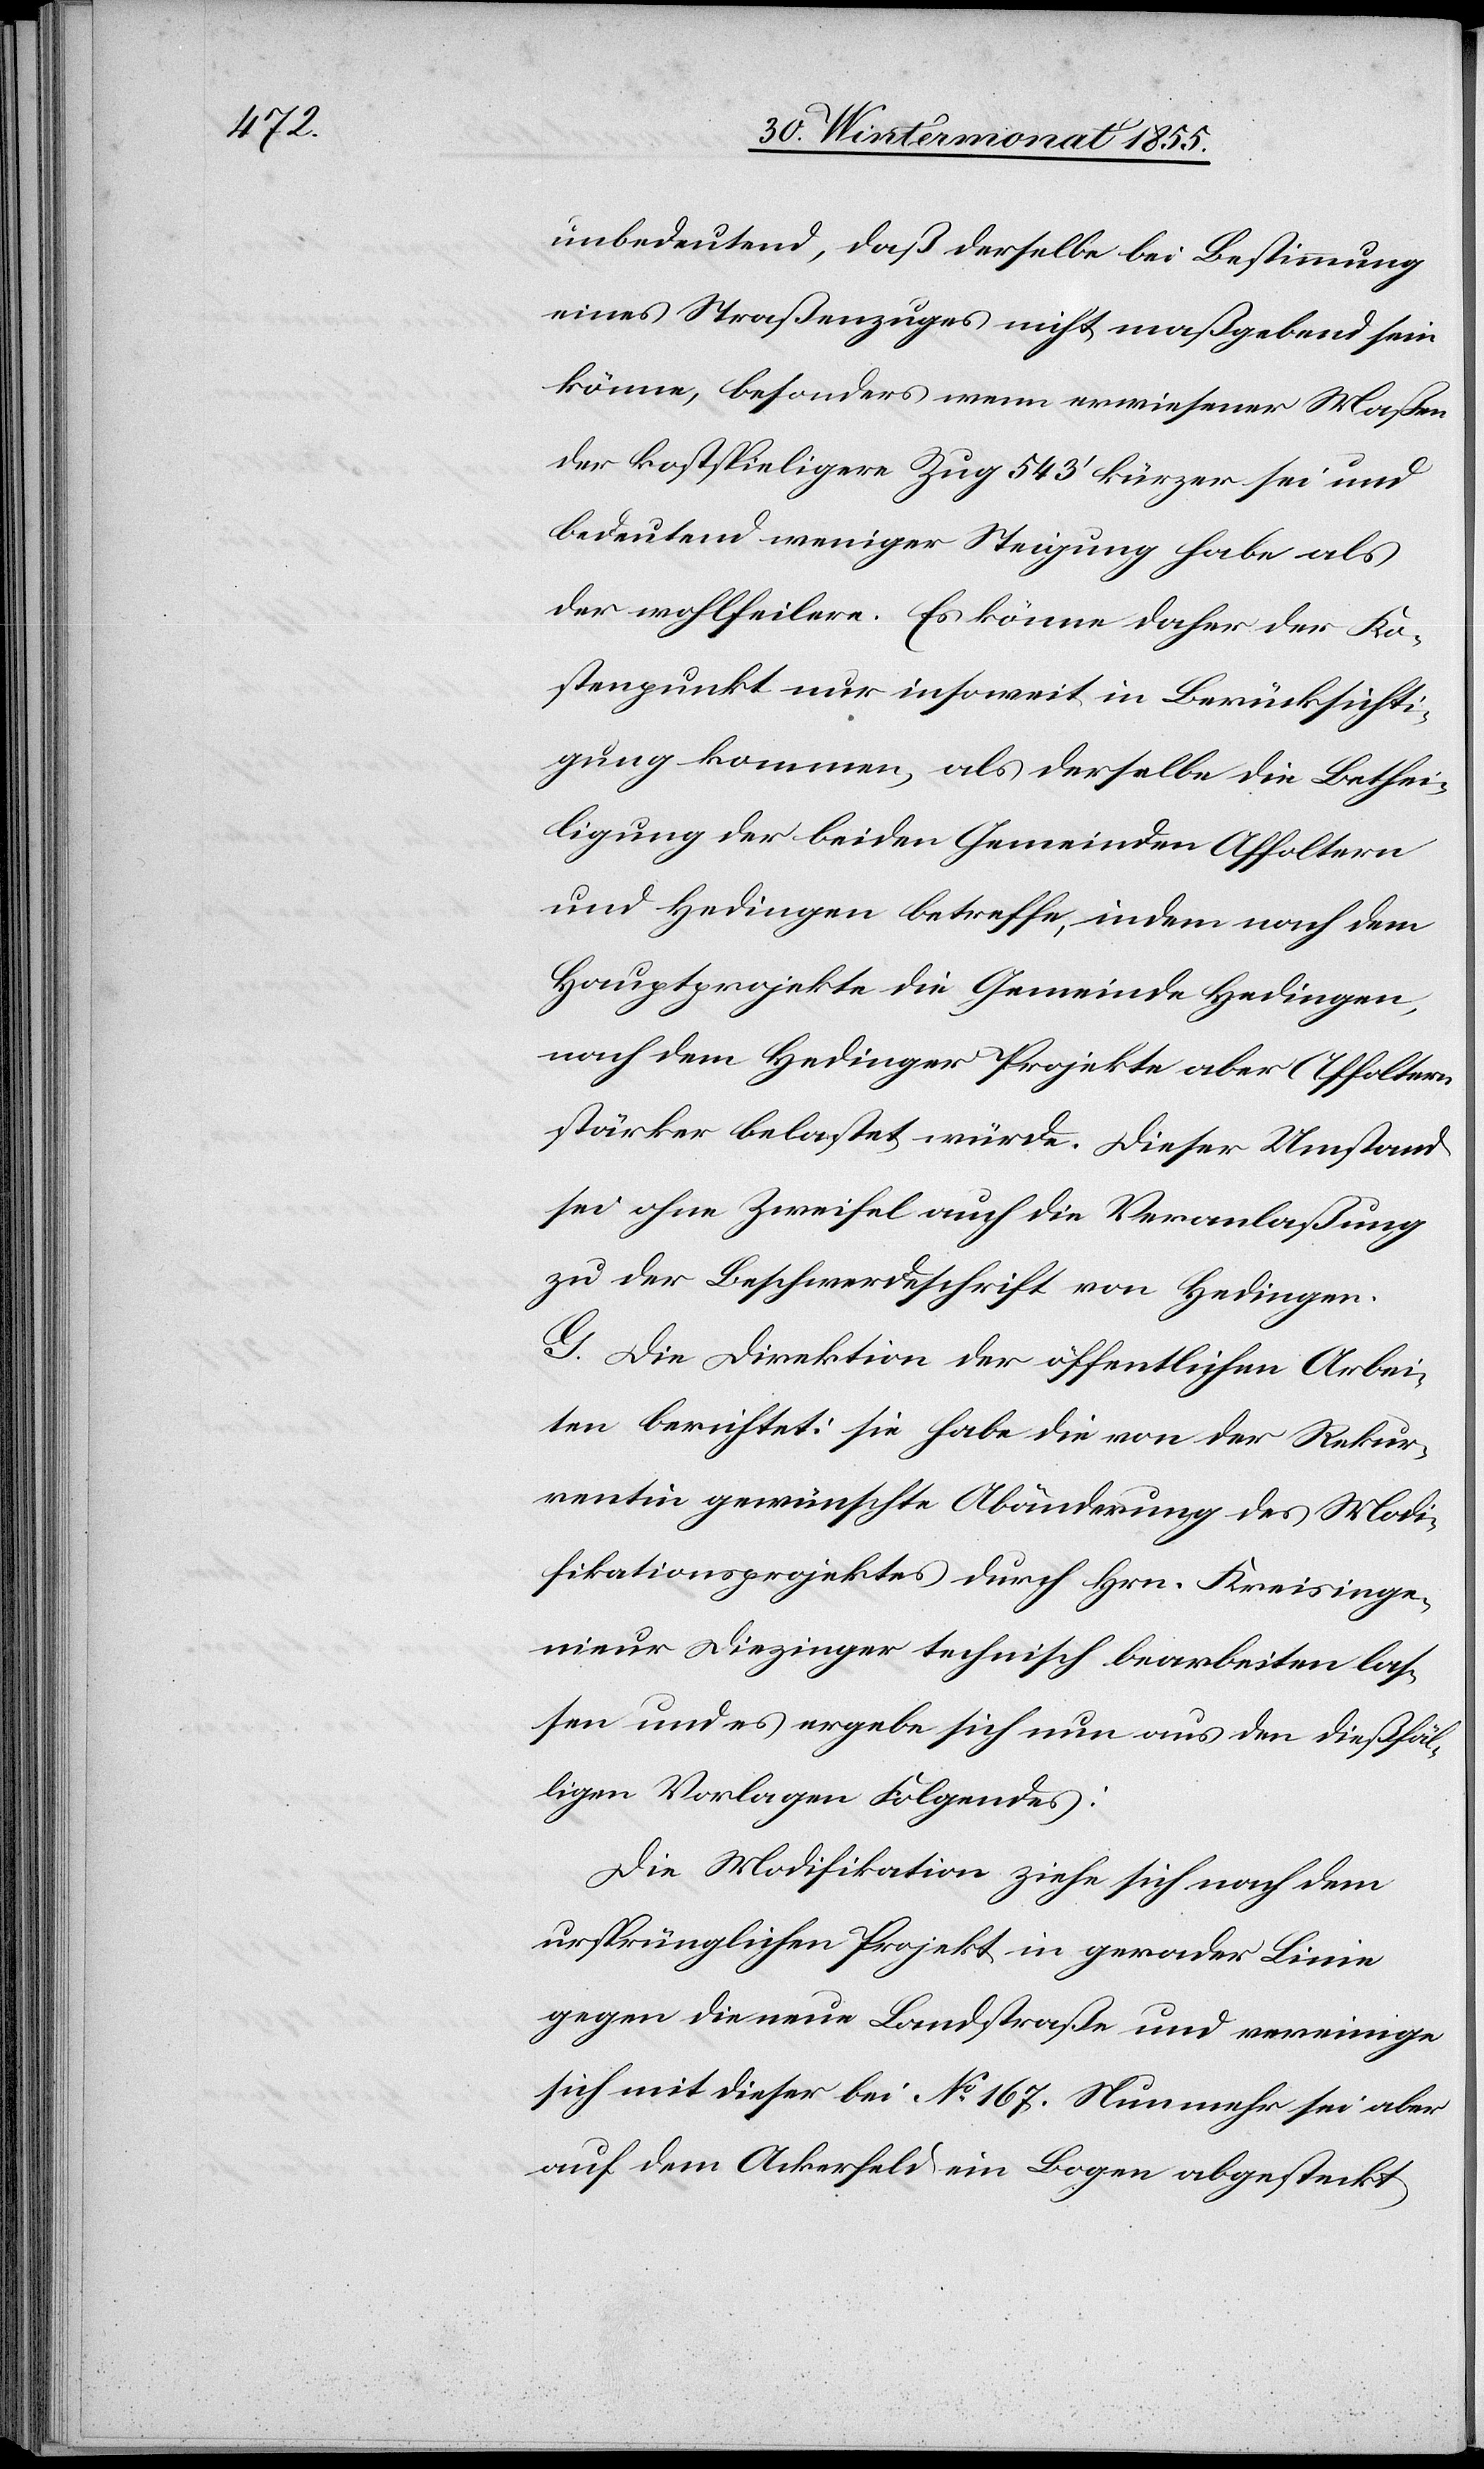
unbedeutend, daß derselbe bei Bestimmung
eines Straßenzuges nicht maßgebend sein
könne, besonders wenn erwiesener Maßen
der kostspieligere Zug 543‘ kürzer sei und
bedeutend weniger Steigung habe als
der wohlfeilere. Es könne daher der Ko¬
stenpunkt nur insoweit in Berücksichti¬
gung kommen, als derselbe die Bethei¬
ligung der beiden Gemeinden Affoltern
und Hedingen betreffe, indem nach dem
Hauptprojekte die Gemeinde Hedingen,
nach dem Hedinger Projekte aber Affoltern
stärker belastet würde. Dieser Umstand
sei ohne Zweifel auch die Veranlaßung
zu der Beschwerdeschrift von Hedingen.
G. Die Direktion der öffentlichen Arbei¬
ten berichtet: sie habe die von der Rekur¬
rentin gewünschte Abänderung des Modi¬
fikationsprojektes durch Hrn. Kreisinge¬
nieur Diezinger technisch bearbeiten las¬
sen und es ergebe sich nun aus den dießfäl¬
ligen Vorlagen Folgendes:
Die Modifikation ziehe sich nach dem
ursprünglichen Projekt in gerader Linie
gegen die neue Landstraße und vereinige
sich mit dieser bei No. 167. Nunmehr sei aber
auf dem Ackerfeld ein Bogen abgesteckt